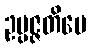
ဥပ္ပဇ္ဇတိပေ